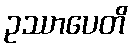
ဥဿာပေတိ